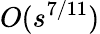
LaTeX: O(s^{7/11})